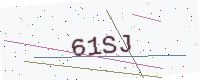
Text: 61SJ